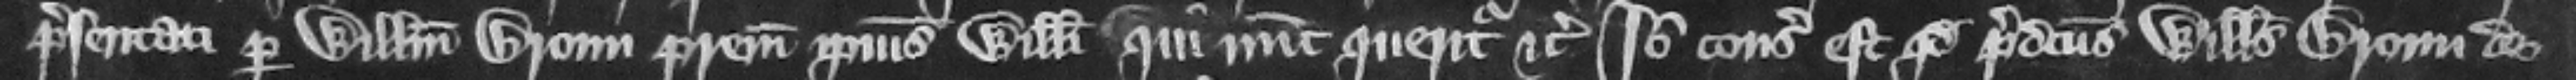
presentati per Willelmum Broun patrem ipsius Willelmi qui nunc queritur etc. Ideo consideratum est quod predictus Willelmus Broun de